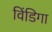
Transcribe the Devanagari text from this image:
विंडिगा